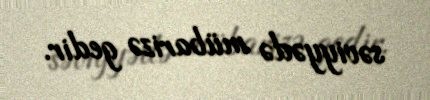
səviyyədə mübarizə gedir.